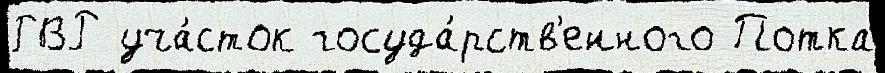
ГВР уча́сток госуда́рств'енного Потка